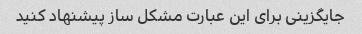
جایگزینی برای این عبارت مشکل ساز پیشنهاد کنید